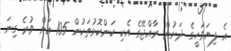
އެ ފިޔަވަހީގެ ދަށުން ރާއްޖޭގެ އެކި ކަންކޮޅުތަކުން 105 އަށް ވުރެ ގިނަ